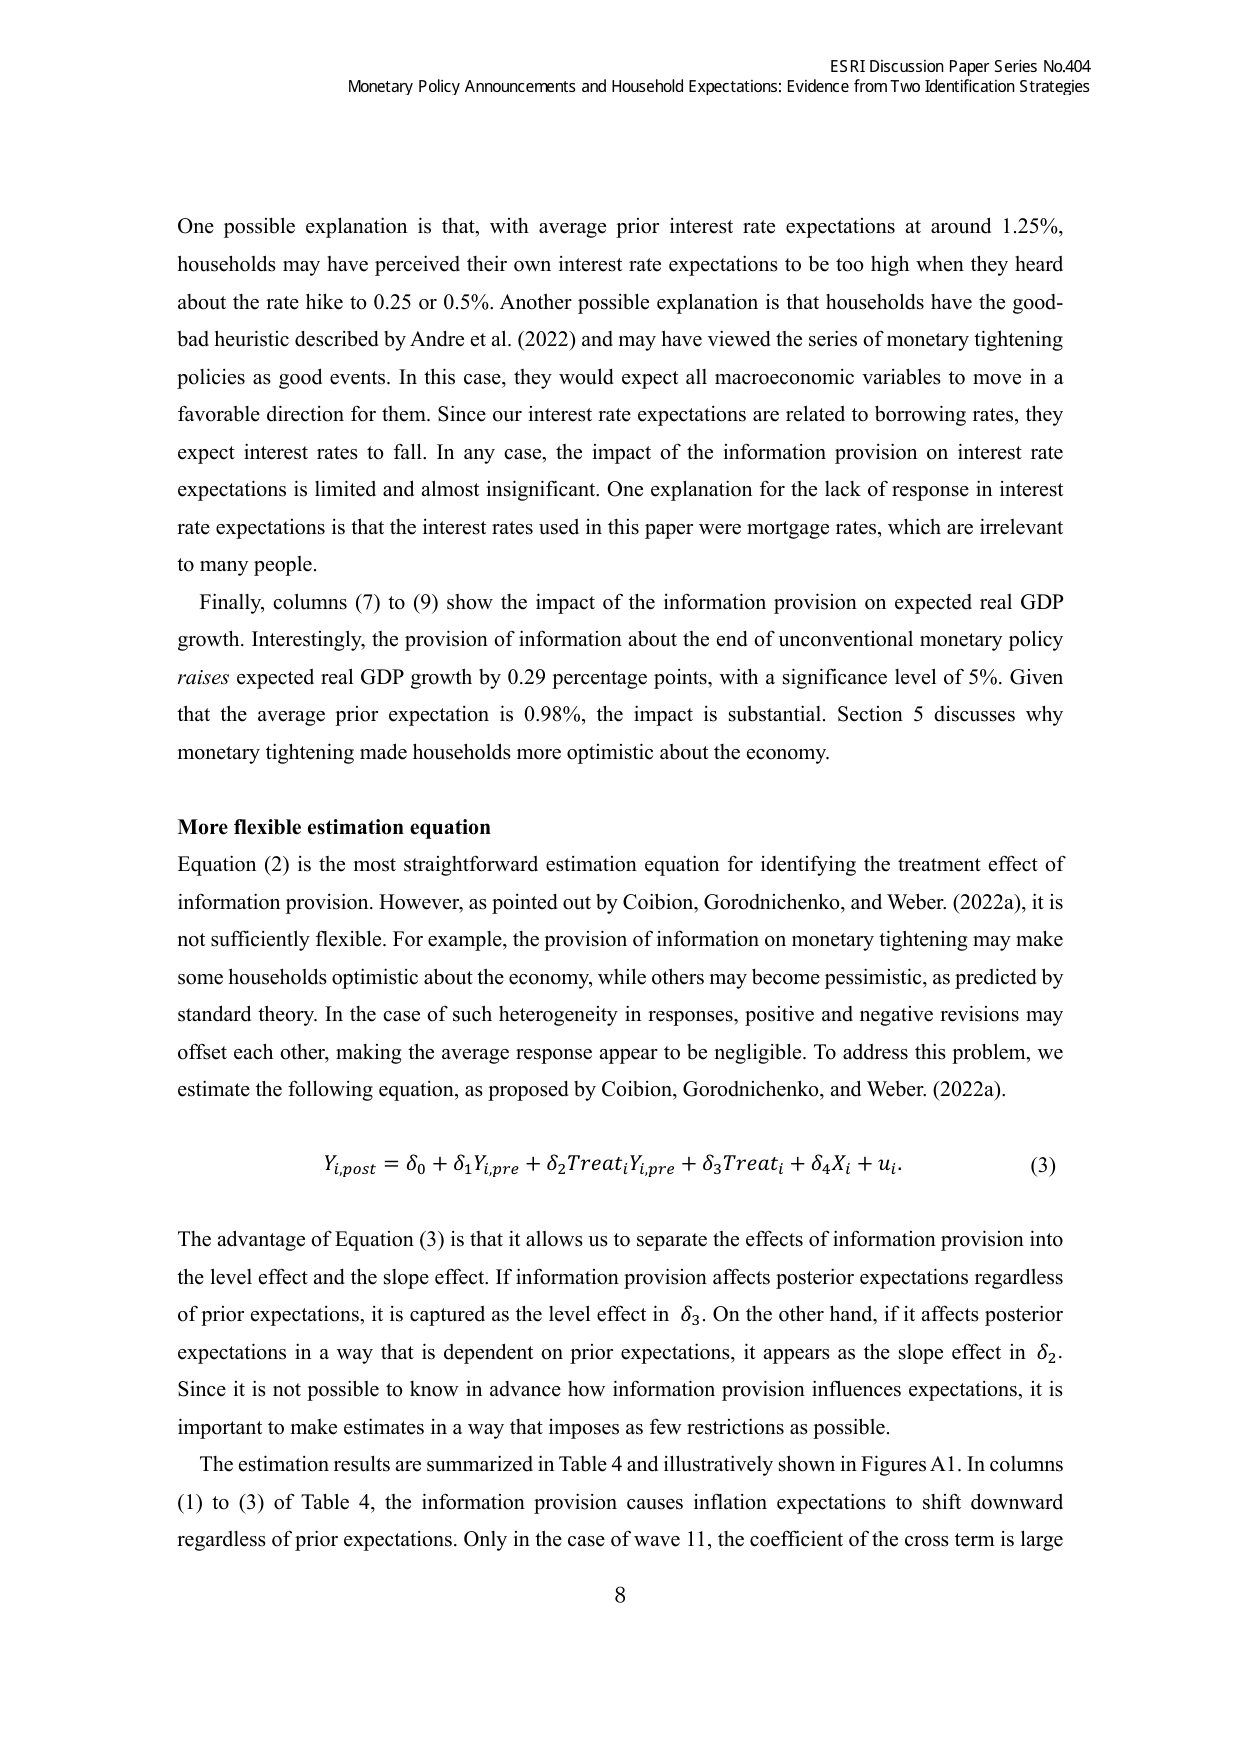
ESRI Discussion Paper Series No.404
Monetary Policy Announcements and Household Expectations: Evidence from Two Identification Strategies

One possible explanation is that, with average prior interest rate expectations at around 1.25%, households may have perceived their own interest rate expectations to be too high when they heard about the rate hike to 0.25 or 0.5%. Another possible explanation is that households have the good-bad heuristic described by Andre et al. (2022) and may have viewed the series of monetary tightening policies as good events. In this case, they would expect all macroeconomic variables to move in a favorable direction for them. Since our interest rate expectations are related to borrowing rates, they expect interest rates to fall. In any case, the impact of the information provision on interest rate expectations is limited and almost insignificant. One explanation for the lack of response in interest rate expectations is that the interest rates used in this paper were mortgage rates, which are irrelevant to many people.

Finally, columns (7) to (9) show the impact of the information provision on expected real GDP growth. Interestingly, the provision of information about the end of unconventional monetary policy raises expected real GDP growth by 0.29 percentage points, with a significance level of 5%. Given that the average prior expectation is 0.98%, the impact is substantial. Section 5 discusses why monetary tightening made households more optimistic about the economy.

More flexible estimation equation
Equation (2) is the most straightforward estimation equation for identifying the treatment effect of information provision. However, as pointed out by Coibion, Gorodnichenko, and Weber (2022a), it is not sufficiently flexible. For example, the provision of information on monetary tightening may make some households optimistic about the economy, while others may become pessimistic, as predicted by standard theory. In the case of such heterogeneity in responses, positive and negative revisions may offset each other, making the average response appear to be negligible. To address this problem, we estimate the following equation, as proposed by Coibion, Gorodnichenko, and Weber (2022a).

Yi,post = δ0 + δ1Yi,pre + δ2TreatiYi,pre + δ3Treati + δ4Xi + ui.  (3)

The advantage of Equation (3) is that it allows us to separate the effects of information provision into the level effect and the slope effect. If information provision affects posterior expectations regardless of prior expectations, it is captured as the level effect in δ3. On the other hand, if it affects posterior expectations in a way that is dependent on prior expectations, it appears as the slope effect in δ2. Since it is not possible to know in advance how information provision influences expectations, it is important to make estimates in a way that imposes as few restrictions as possible.

The estimation results are summarized in Table 4 and illustratively shown in Figures A1. In columns (1) to (3) of Table 4, the information provision causes inflation expectations to shift downward regardless of prior expectations. Only in the case of wave 11, the coefficient of the cross term is large

8